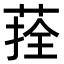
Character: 𦴽